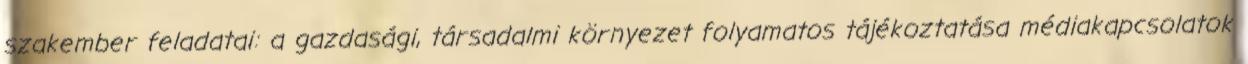
szakember feladatai: a gazdasági, társadalmi környezet folyamatos tájékoztatása médiakapcsolatok